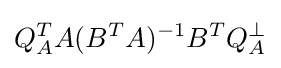
Q_{A}^{T}A(B^{T}A)^{-1}B^{T}Q_{A}^{\perp }